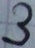
Text: 3